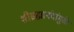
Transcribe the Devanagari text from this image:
श्रीब्रह्मानंदांमुळे